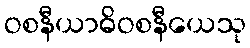
ဝစနီယာဓိဝစနီယေသု